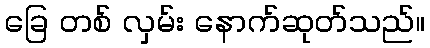
ခြေ တစ် လှမ်း နောက်ဆုတ်သည်။